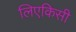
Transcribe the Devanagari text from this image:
लिएकिसी